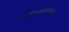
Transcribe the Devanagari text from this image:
मीठगव्हाणाचे